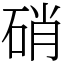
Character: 硝